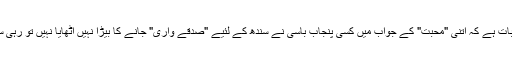
کم از کم میرے لئیے تو اطمینان کی بات ہے کہ اتنی "محبت" کے جواب میں کسی پنجاب باسی نے سندھ کے لئیے "صدقے واری" جانے کا بیڑا نہیں اُٹھایا نہیں تو رہی سہی مروت کا بھی بیڑہ غرق ہو جاتا۔